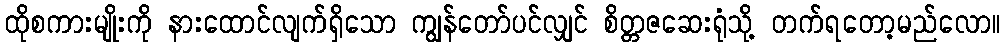
ထိုစကားမျိုးကို နားထောင်လျက်ရှိသော ကျွန်တော်ပင်လျှင် စိတ္တဇဆေးရုံသို့ တက်ရတော့မည်လော။